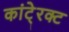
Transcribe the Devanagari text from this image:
कांटे्रक्ट